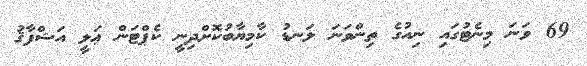
69 ވަނަ މިނެޓުގައި ނިއުގެ ތިންވަނަ ލަނޑު ކާމިޔާބުކޮށްދިނީ ކެޕްޓަން ޢަލީ އަޝްފާޤު